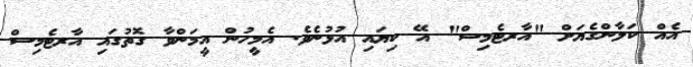
އެއް ކަލާންގެޔަށް "އާރޓެމިސް" އޭ ކިޔައި އުޅުނެވެ. އެމީހުން އީމަންވާ ގޮތުގައި އާރޓެމިސް